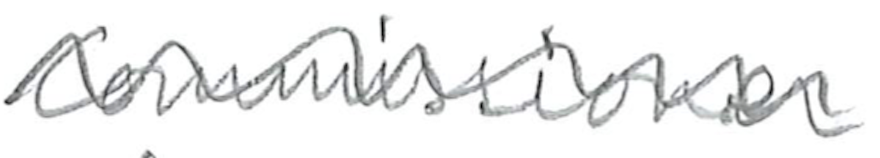
Text: Commissioner
Cross-out: wave
Writing tool: pencil